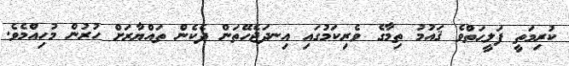
ކުރިމަތީ ފަލީޙަތްވެ ޤައުމު ތިމާގެ ވެރިކަމުގައި އިނދަޖެހޭތަން ދެކެން ތައްޔާރަށް ހުރުން މުހިއްމެވެ.